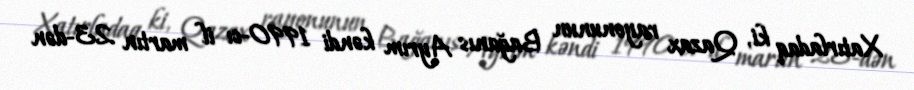
Xatırladaq ki, Qazax rayonunun Bağanıs Ayrım kəndi 1990-cı il martın 23-dən